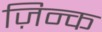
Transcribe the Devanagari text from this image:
ज़िन्क